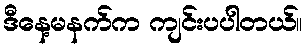
ဒီနေ့မနက်က ကျင်းပပါတယ်။